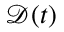
\mathscr { D } ( t )